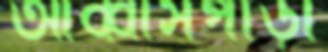
আব্বাসপাড়া